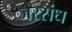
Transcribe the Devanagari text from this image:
जरसंध